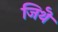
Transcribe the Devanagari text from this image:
जिथॆ